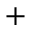
^ +